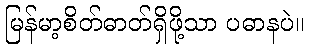
မြန်မာ့စိတ်ဓာတ်ရှိဖို့သာ ပဓာနပဲ။